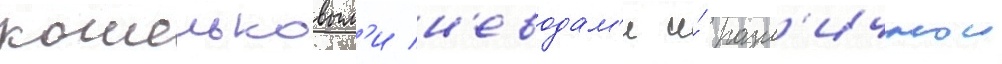
кошельковым'и н'еводам'и и́ разл'ичнои